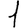
Digit: 1